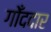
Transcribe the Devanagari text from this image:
गोँददार